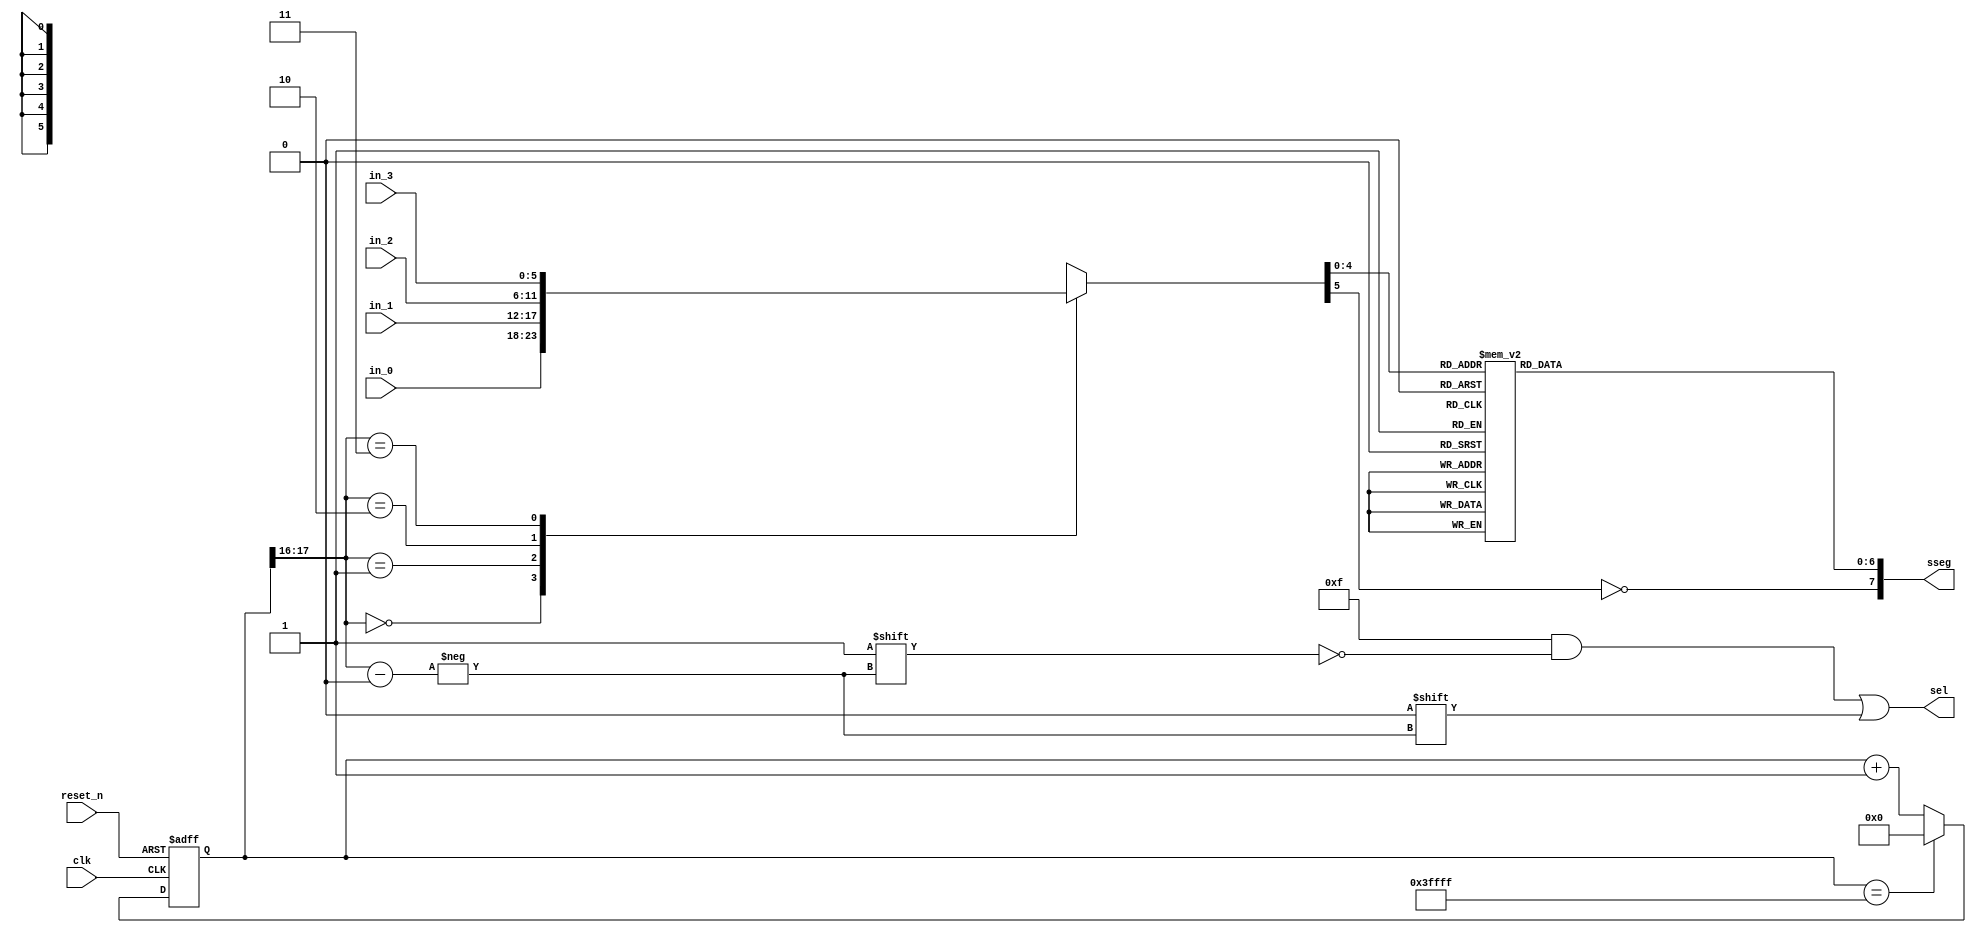
`timescale 1ns / 1ps

module disp_hex_mux
	#(parameter N=18) //last 2 bits will be used as output. Frequency=50MHz/(2^(N-2)). So N=19 will have 763Hz
(
	input clk,reset_n,
	input[5:0] in_0,in_1,in_2,in_3, //format: {dp,char[4:0]} , dp is active high
	output reg[7:0] sseg,
	output reg[3:0] sel
 );
	 
	 reg[N-1:0] r_reg=0;
	 reg[5:0] hex_out=0;
	 wire[N-1:0] r_nxt;
	 wire[1:0] out_counter; //last 3 bits to be used as output signal
	 
	 
	 //N-bit counter
	 always @(posedge clk,negedge reset_n)
		if(!reset_n) 
			r_reg<=0;
		else 
			r_reg<=r_nxt;
	 
	 assign r_nxt=(r_reg=={2'd3,{(N-2){1'b1}}})?18'd0:r_reg+1'b1; //last 2 bits counts from 0 to 5(6 turns) then wraps around
	 assign out_counter=r_reg[N-1:N-2];
	 
	 
	 //sel output logic
	 always @(out_counter) begin
		 sel=6'b111_111;    //active low
		 sel[out_counter]=1'b0;
	 end

	 //hex_out output logic
	 always @* begin
		 hex_out=0;
			 casez(out_counter)
			 3'b000: hex_out=in_0;
			 3'b001: hex_out=in_1;
			 3'b010: hex_out=in_2;
			 3'b011: hex_out=in_3;
			 endcase
	 end
	 	 
	 //hex-to-seg decoder
	 always @* begin
		 sseg=0;
			 case(hex_out[4:0])
			 5'd0: sseg[6:0]=7'b0000_001;
			 5'd1: sseg[6:0]=7'b1001_111;
			 5'd2: sseg[6:0]=7'b0010_010;
			 5'd3: sseg[6:0]=7'b0000_110;
			 5'd4: sseg[6:0]=7'b1001_100;
			 5'd5: sseg[6:0]=7'b0100_100;
			 5'd6: sseg[6:0]=7'b0100_000;
			 5'd7: sseg[6:0]=7'b0001_111;
			 5'd8: sseg[6:0]=7'b0000_000;
			 5'd9: sseg[6:0]=7'b0001_100;
	  /*A*/5'd10: sseg[6:0]=7'b0001_000; 
	  /*b*/5'd11: sseg[6:0]=7'b1100_000;
	  /*C*/5'd12: sseg[6:0]=7'b0110_001;
	  /*d*/5'd13: sseg[6:0]=7'b1000_010;
	  /*E*/5'd14: sseg[6:0]=7'b0110_000;
	  /*F*/5'd15: sseg[6:0]=7'b0111_000;
	  /*G*/5'd16: sseg[6:0]=7'b0100_000;
	  /*H*/5'd17: sseg[6:0]=7'b1001_000;
	  /*I*/5'd18: sseg[6:0]=7'b1111_001;
	  /*J*/5'd19: sseg[6:0]=7'b1000_011;
	  /*L*/5'd20: sseg[6:0]=7'b1110_001;
	  /*N*/5'd21: sseg[6:0]=7'b0001_001;
	  /*O*/5'd22: sseg[6:0]=7'b0000_001;
	  /*P*/5'd23: sseg[6:0]=7'b0011_000; 
	  /*R*/5'd24: sseg[6:0]=7'b0001_000;
	  /*S*/5'd25: sseg[6:0]=7'b0100_100;
	  /*U*/5'd26: sseg[6:0]=7'b1000_001;
	  /*y*/5'd27: sseg[6:0]=7'b1000_100;
	  /*Z*/5'd28: sseg[6:0]=7'b0010_010; 
	/*OFF*/5'd29: sseg[6:0]=7'b1111_111; //decimal 30 to 31 will be alloted for future use
	  /*Z*/5'd30: sseg[6:0]=7'b1111_110; 

			 endcase
		 sseg[7]=!hex_out[5]; //active high decimal
	 end

endmodule